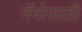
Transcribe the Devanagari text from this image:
नॅनोसाठी